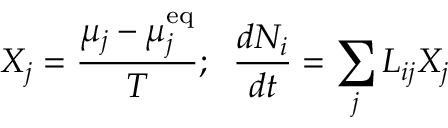
X _ { j } = { \frac { \mu _ { j } - \mu _ { j } ^ { \mathrm { { e q } } } } { T } } ; \; \; { \frac { d N _ { i } } { d t } } = \sum _ { j } L _ { i j } X _ { j }